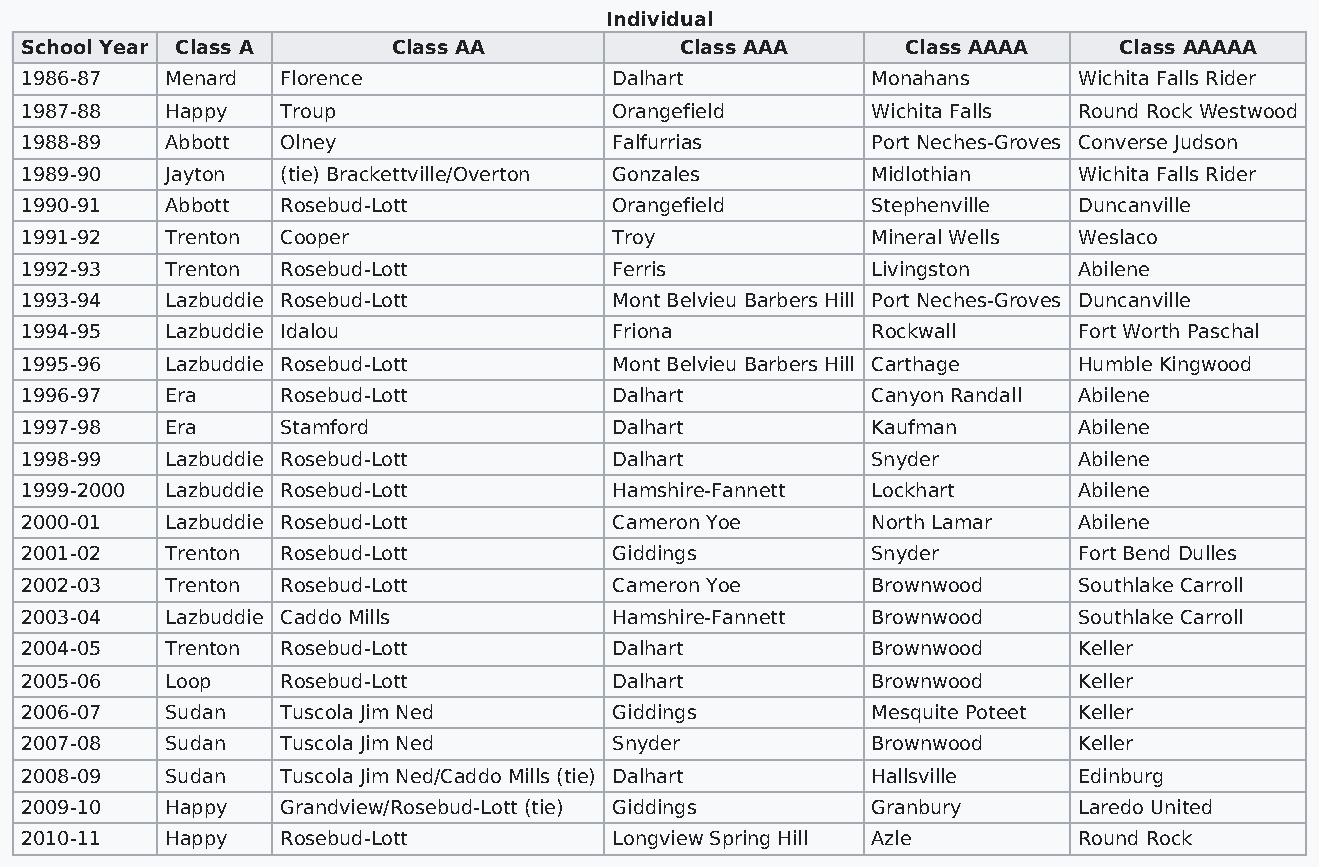
Individual
 School Year Class A      Class AA           Class AAA      Class AAAA    Class AAAAA
 1986-87   Menard  Florence              Dalhart          Monahans     Wichita Falls Rider
 1987-88   Happy   Troup                 Orangefield      Wichita Falls Round Rock Westwood
 1988-89   Abbott  Olney                 Falfurrias       Port Neches-Groves Converse Judson
 1989-90   Jayton  (tie) Brackettville/Overton Gonzales   Midlothian   Wichita Falls Rider
 1990-91   Abbott  Rosebud-Lott          Orangefield      Stephenville Duncanville
 1991-92   Trenton Cooper                Troy             Mineral Wells Weslaco
 1992-93   Trenton Rosebud-Lott          Ferris           Livingston   Abilene
 1993-94   Lazbuddie Rosebud-Lott        Mont Belvieu Barbers Hill Port Neches-Groves Duncanville
 1994-95   Lazbuddie Idalou              Friona           Rockwall     Fort Worth Paschal
 1995-96   Lazbuddie Rosebud-Lott        Mont Belvieu Barbers Hill Carthage Humble Kingwood
 1996-97   Era     Rosebud-Lott          Dalhart          Canyon Randall Abilene
 1997-98   Era     Stamford              Dalhart          Kaufman      Abilene
 1998-99   Lazbuddie Rosebud-Lott        Dalhart          Snyder       Abilene
 1999-2000 Lazbuddie Rosebud-Lott        Hamshire-Fannett Lockhart     Abilene
 2000-01   Lazbuddie Rosebud-Lott        Cameron Yoe      North Lamar  Abilene
 2001-02   Trenton Rosebud-Lott          Giddings         Snyder       Fort Bend Dulles
 2002-03   Trenton Rosebud-Lott          Cameron Yoe      Brownwood    Southlake Carroll
 2003-04   Lazbuddie Caddo Mills         Hamshire-Fannett Brownwood    Southlake Carroll
 2004-05   Trenton Rosebud-Lott          Dalhart          Brownwood    Keller
 2005-06   Loop    Rosebud-Lott          Dalhart          Brownwood    Keller
 2006-07   Sudan   Tuscola Jim Ned       Giddings         Mesquite Poteet Keller
 2007-08   Sudan   Tuscola Jim Ned       Snyder           Brownwood    Keller
 2008-09   Sudan   Tuscola Jim Ned/Caddo Mills (tie) Dalhart Hallsville Edinburg
 2009-10   Happy   Grandview/Rosebud-Lott (tie) Giddings  Granbury     Laredo United
 2010-11   Happy   Rosebud-Lott          Longview Spring Hill Azle     Round Rock